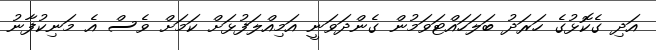
އަދި ގެކޮޅުގެ ހަރަދު ބަލަހައްޓަވަމުން ގެންދަވަނީ އަމިއްލަފުޅަށް ކަމަށް ވެސް އެ މަނިކުފާނު